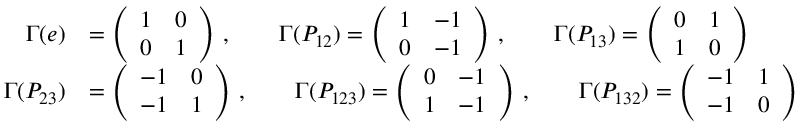
\begin{array} { r l } { \Gamma ( e ) } & { = \left( \begin{array} { c c } { 1 } & { 0 } \\ { 0 } & { 1 } \end{array} \right) \, , \qquad \Gamma ( P _ { 1 2 } ) = \left( \begin{array} { c c } { 1 } & { - 1 } \\ { 0 } & { - 1 } \end{array} \right) \, , \qquad \Gamma ( P _ { 1 3 } ) = \left( \begin{array} { c c } { 0 } & { 1 } \\ { 1 } & { 0 } \end{array} \right) } \\ { \Gamma ( P _ { 2 3 } ) } & { = \left( \begin{array} { c c } { - 1 } & { 0 } \\ { - 1 } & { 1 } \end{array} \right) \, , \qquad \Gamma ( P _ { 1 2 3 } ) = \left( \begin{array} { c c } { 0 } & { - 1 } \\ { 1 } & { - 1 } \end{array} \right) \, , \qquad \Gamma ( P _ { 1 3 2 } ) = \left( \begin{array} { c c } { - 1 } & { 1 } \\ { - 1 } & { 0 } \end{array} \right) } \end{array}